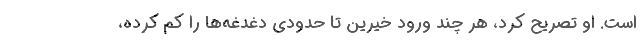
است. او تصریح کرد، هر چند ورود خیرین تا حدودی دغدغه‌ها را کم کرده،